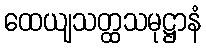
ထေယျသတ္ထသမုဋ္ဌာနံ